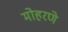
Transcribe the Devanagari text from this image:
मोहरणे